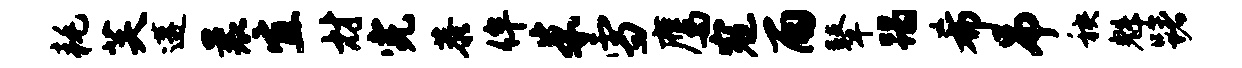
耗芙遘曩宜材完恭侔朱雪鹰寇雨鼙蹋希吊秧魁躇